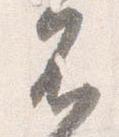
不